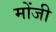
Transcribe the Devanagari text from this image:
मोंजी